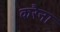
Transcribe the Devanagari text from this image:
करैना